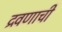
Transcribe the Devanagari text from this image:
द्रवणाची